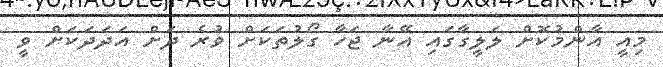
މިއީ އާންމުކޮށް ލަލީގާގައި އޭނާ ޖަހާ ގޯލުތަކަށް ވުރެ ދަށް އަދަދަކަށް ވީ